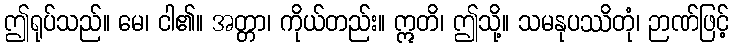
ဤရုပ်သည်။ မေ၊ ငါ၏။ အတ္တာ၊ ကိုယ်တည်း။ ဣတိ၊ ဤသို့။ သမနုပဿိတုံ၊ ဉာဏ်ဖြင့်